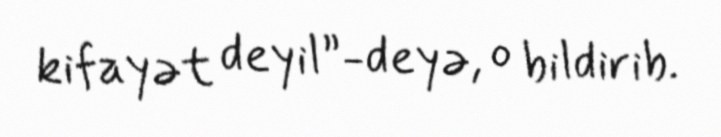
kifayət deyil”-deyə, o bildirib.